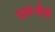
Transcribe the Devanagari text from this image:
एफओवी